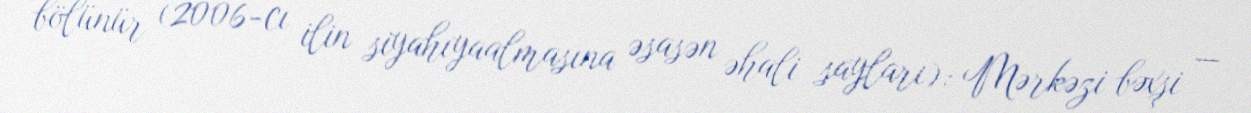
bölünür (2006-cı ilin siyahıyaalmasına əsasən əhali sayları): Mərkəzi bəxşi —